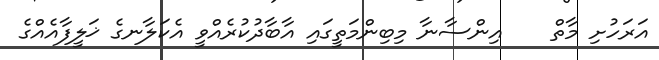
އަރަހުށި މާތް    އިންސާނާ މިބިންމަތީގައި އާބާދުކުރެއްވީ އެކަލާނގެ ޚަލީފާއެއްގެ